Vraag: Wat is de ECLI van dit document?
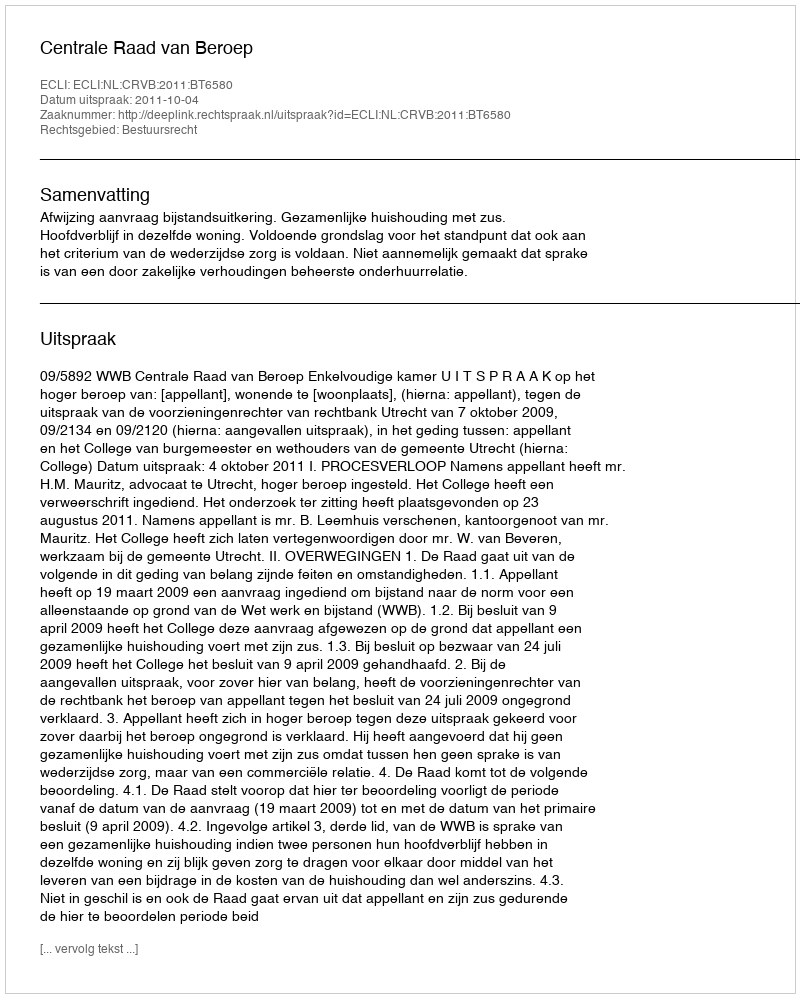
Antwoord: ECLI:NL:CRVB:2011:BT6580